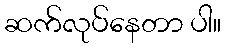
ဆက်လုပ်နေတာ ပါ။